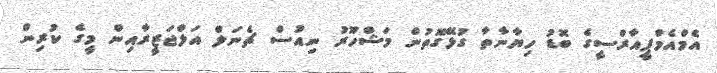
އެމްއެމްޕީއާރްސީގެ ބޮޑު ހިޔާނާތާ ގުޅޭގޮތުން މަޝްހޫރު ނިއުސް ޗެނަލް އަލްޖަޒީރާއިން މީގެ ކުރިން